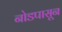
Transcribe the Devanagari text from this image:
नोडपासून